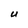
Character: U